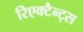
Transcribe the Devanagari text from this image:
रिएक्टैन्ट्स